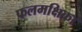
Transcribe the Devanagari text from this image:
फलमक्षिका